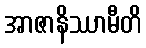
အာဇာနိဿာမီတိ